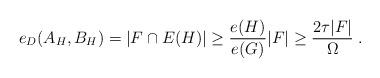
LaTeX: \begin{align*}e_{D}(A_H,B_H)= |F\cap E(H)|\geq \frac{e(H)}{e(G)}|F|\ge\frac{2\tau |F|}{\Omega}\;. \end{align*}